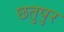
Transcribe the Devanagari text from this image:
छतुपुर